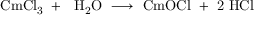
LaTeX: \mathrm { C m C l _ { 3 } \ + \ \ H _ { 2 } O \ \longrightarrow \ C m O C l \ + \ 2 \ H C l }